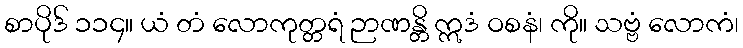
စာပိုဒ် ၁၁၄။ ယံ တံ လောကုတ္တရံ ဉာဏန္တိ ဣဒံ ဝစနံ၊ ကို။ သဗ္ဗံ လောကံ၊